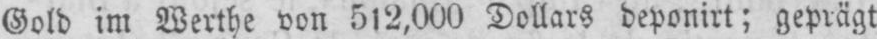
Gold im Werthe von 512,000 Dollars deponirt; geprägt